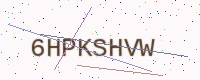
Text: 6HPKSHVW